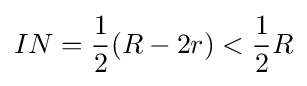
IN={\frac {1}{2}}(R-2r)<{\frac {1}{2}}R